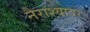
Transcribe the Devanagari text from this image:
नैराश्यावर